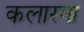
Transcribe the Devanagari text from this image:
कलारगा